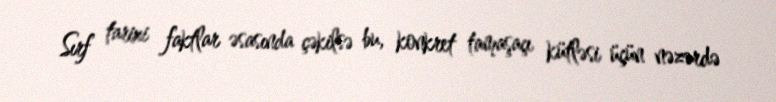
Sırf tarixi faktlar əsasında çəkilsə bu, konkret tamaşaçı kütləsi üçün nəzərdə